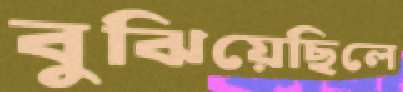
বুঝিয়েছিলে